Election expenses, 1914, 1914
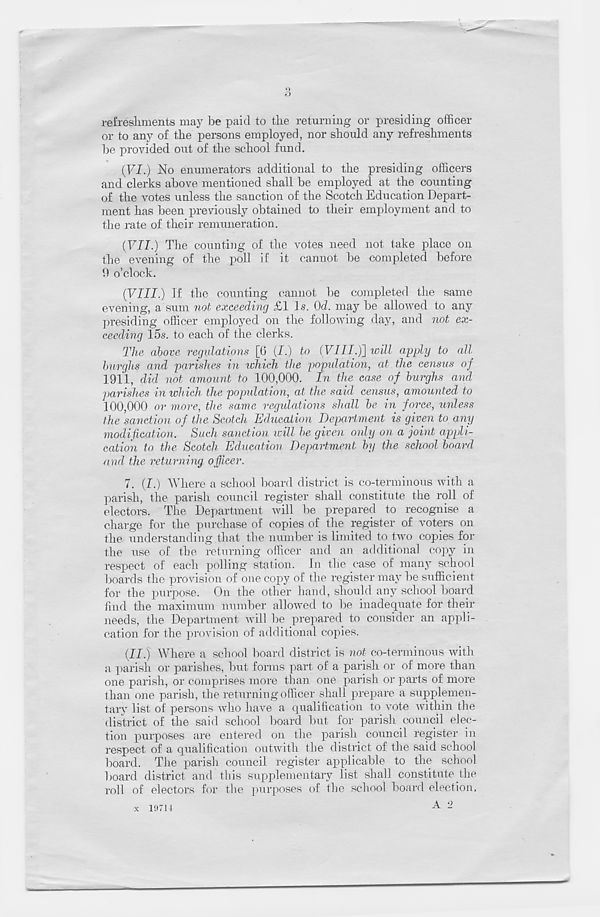
f>
refreshments may be paid to the returning or presiding officer
or to any of the persons employed, nor should any refreshments
he provided out of the school fund.
(FI.) No enumerators additional to the presiding officers
and clerks above mentioned shall be employed at the counting
of the votes unless the sanction of the Scotch Education Depart-
ment has been previously obtained to their employment and to
the rate of their remuneration.
{VII.) The counting of the votes need not take place on
the evening of the poll if it cannot be completed before
9 o’clock.
(VIII.) If the counting cannot be completed the same
evening, a sum not exceeding £1 Is. 01. may be allowed to any
presiding officer employed on the following day, and not ex-
ceeding 15s. to each of the clerks.
The above regulations [6 (I.) to (Fill.)] will apply to nil
burghs and parishes in which the population, at the census of
1911, did not amount to 100,000. In the case of burghs and
parishes in which the population, at the said census, amounted to
100,000 or more, the same regulations shall be in force, unless
the sanction of the Scotch Education Department is given to any
modification. Such sanction will be given only on a joint appli-
cation to the Scotch Education Department by the school board
and the returning officer.
7. (I.) Where a school board district is co-terminous with a
parish, the parish council register shall constitute the roll of
electors. The Department will be prepared to recognise a
charge for the purchase of copies of the register of voters on
the understanding that the number is limited to two copies for
the use of the returning officer and an additional copy in
respect of each polling station. In the case of many school
boards the provision of one copy of the register may be sufficient
for the purpose. On the other hand, should any school board
find the maximum number allowed to be inadequate for their
needs, the Department will be prepared to consider an appli-
cation for the provision of additional copies.
(II.) Where a school board district is not co-terminous with
a parish or parishes, but forms part of a parish or of more than
one parish, or comprises more than one parish or parts of more
than one parish, the returning officer shall prepare a supplemen-
tary list of persons who have a qualification to vote within the
district of the said school board but for parish council elec-
tion purposes are entered on the parish council register in
respect of a qualification outwith the district of the said school
board. The parish council register applicable to the school
board district and this supplementary list shall constitute the
roll of electors for the purposes of the school board election,
A 2
x 19714